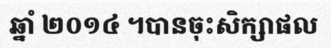
ឆ្នាំ ២០១៤ ។បានចុះសិក្សាផល